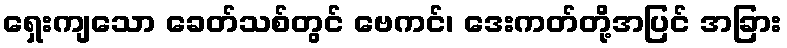
ရှေးကျသော ခေတ်သစ်တွင် ဗေကင်၊ ဒေးကတ်တို့အပြင် အခြား